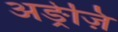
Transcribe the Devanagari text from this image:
अङ्रेज़ि